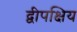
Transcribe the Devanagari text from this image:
द्वीपक्षिय